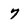
Character: 7